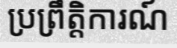
ប្រព្រឹត្តិការណ៍